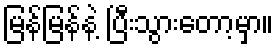
မြန်မြန်နဲ့ ပြီးသွားတော့မှာ။